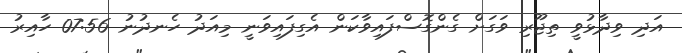
އަދި ވިދާޅުވީ ތިޖޫރި ވަގަށް ގެންގޮސްފައިވާކަން އެގިފައިވަނީ މިއަދު ހެނދުނު 07:56 ހާއިރު